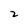
Character: 2